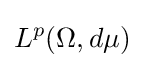
L^{p}(\Omega ,d\mu )